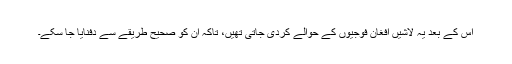
اِس کے بعد یہ لاشیں افغان فوجیوں کے حوالے کردی جاتی تھیں، تاکہ اُن کو صحیح طریقے سے دفنایا جا سکے۔